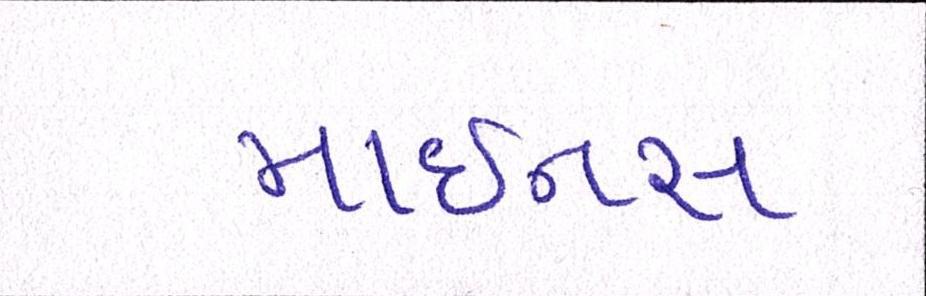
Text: માઇનસ